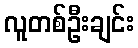
လူတစ်ဦးချင်း